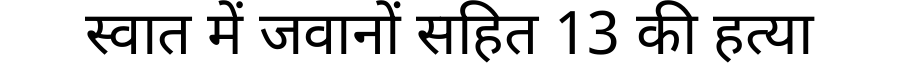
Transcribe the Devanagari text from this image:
स्वात में जवानों सहित 13 की हत्या